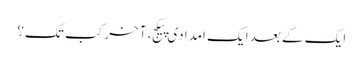
ایک کے بعد ایک امدادی پیکج، آخر کب تک؟